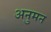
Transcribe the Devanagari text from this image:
अनुमन